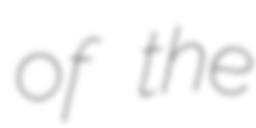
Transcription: of the